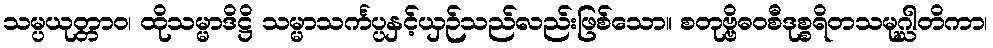
သမ္ပယုတ္တာဝ၊ ထိုသမ္မာဒိဋ္ဌိ သမ္မာသင်္ကပ္ပနှင့်ယှဉ်သည်လည်းဖြစ်သော။ စတုဗ္ဗိဓဝစီဒုစ္စရိတသမုဂ္ဃါတိကာ၊